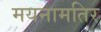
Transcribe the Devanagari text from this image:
मयनामतिर